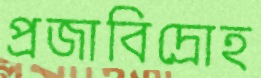
প্রজাবিদ্রোহ